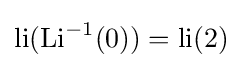
\operatorname {li} ({\text{Li}}^{-1}(0))={\text{li}}(2)